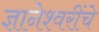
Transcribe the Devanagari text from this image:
ज्ञानेश्वरींचे